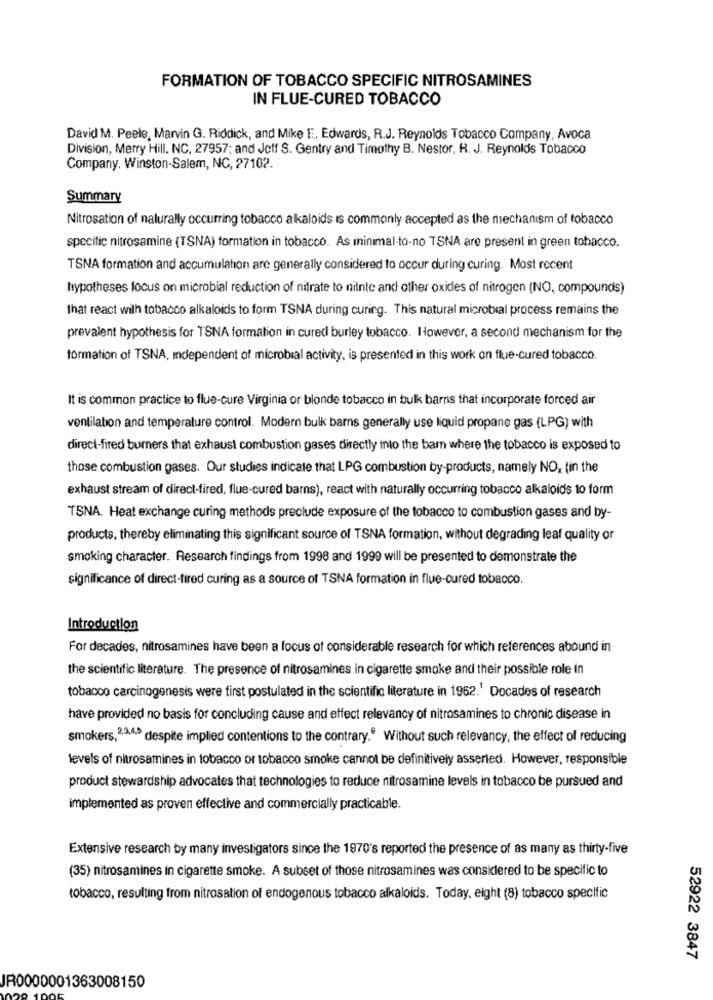
FORMATION OF TOBACCO SPECIFIC NITROSAMINES
IN FLUE-CURED TOBACCO
David M. Peele, Marvin G. Riddick, and Mike E. Edwards, R.J. Reynolds Tobacco Company, Avoca
Division, Merry Hill. NC. 27957; and Jeff S. Gentry and Timothy B. Nestor, R. J. Reynolds Tobacco
Company. Winston-Salem, NC, 27102.
Summary
Nitrosation of naturally occurring tobacco alkaloids is commonly accepted as the mechanism of tobacco
specific nitrosamine (TSNA) formation in tobacco. As minimal -to-no TSNA are present in green tobacco.
TSNA formation and accumulation are generally considered to occur during curing. Most recent
hypotheses focus on microbial reduction of nitrate to nilnte and other oxides of nitrogen (NO, compounds)
that react wilh tobacco alkaloids to form TSNA during curing. This natural microbial process remains the
prevalent hypothesis for TSNA formation in cured burley tobacco. However, a second mechanism for the
formation of TSNA, Independent of microbial activity, is presented in this work on flue-cured tobacco.
It is common practice to flue-cure Virginia or blonde tobacco in bulk barns that incorporate forced air
ventilation and temperature control. Modern bulk barns generally use liquid propane gas (LPG) with
direct-fired burners that exhaust combustion gases directly into the bam where the tobacco is exposed to
those combustion gases. Our studies indicate that LPG combustion by-products, namely NO, (in the
exhaust stream of direct-fired, flue-cured barns), react with naturally occurring tobacco alkaloids to form
TSNA. Heat exchange curing methods preclude exposure of the tobacco to combustion gases and by-
products, thereby eliminating this significant source of TSNA formation, without degrading leaf quality or
smoking character. Research findings from 1998 and 1999 will be presented to demonstrate the
significance of direct-fired curing as a source of TSNA formation in flue-cured tobacco.
Introduction
For decades, nitrosamines have been a focus of considerable research for which references abound in
the scientific literature. The presence of nitrosamines in cigarette smoke and their possible role in
tobacco carcinogenesis were first postulated in the scientific literature in 1962.' Docades of research
have provided no basis for concluding cause and effect relevancy of nitrosamines to chronic disease in
smokers, 2,3,4.º despite implied contentions to the contrary." Without such relevancy, the effect of reducing
levels of nitrosamines in tobacco or tobacco smoke cannot be definitively asserted. However, responsible
product stewardship advocates that technologies to reduce nitrosamine levels in tobacco be pursued and
implemented as proven effective and commercially practicable.
Extensive research by many investigators since the 1970's reported the presence of as many as thirty-five
(35) nitrosamines in cigarette smoke. A subset of those nitrosamines was considered to be specific to
tobacco, resulting from nitrosation of endogenous tobacco alkaloids. Today, eight (8) tobacco specific
52922 3847
JR0000001363008150